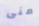
منى